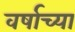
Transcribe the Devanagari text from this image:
वर्षाच्‍या